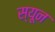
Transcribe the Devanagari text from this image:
स्यून